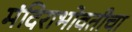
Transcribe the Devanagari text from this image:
मंदिराभोवतीचा